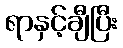
ရာနှင့်ချီပြီး